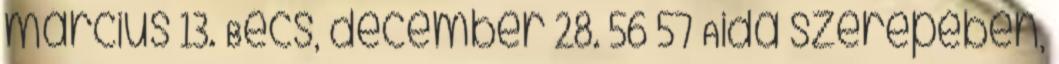
március 13. Bécs, december 28. 56 57 Aida szerepében,